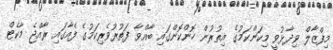
މިފްޒާލް ވިދާޅުވީ މިކަންކަމުގެ އިތުރުން ހޮންކޮންގައި ބާއްވާ ފަތުރުވެރިކަމުގެ ފެއާގައި ރާއްޖެ މާކެޓް